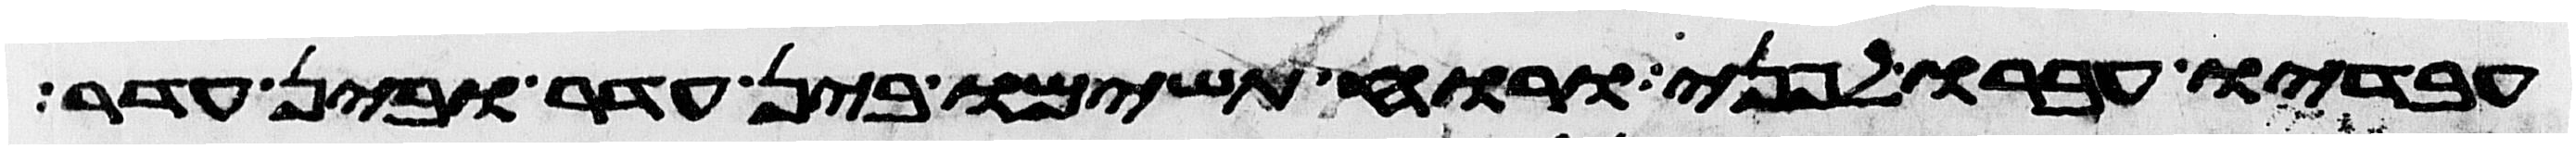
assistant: עבדיו עברו לפני ורוח תשימו בין עדר ובין עדר